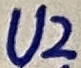
Text: U2